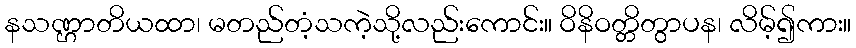
နသဏ္ဌာတိယထာ၊ မတည်တံ့သကဲ့သို့လည်းကောင်း။ ဝိနိဝတ္တိတွာပန၊ လိမ့်၍ကား။